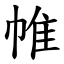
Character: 帷